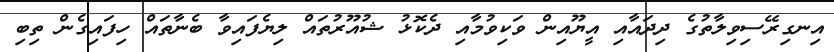
އިނގިރޭސިވިލާތުގެ ދިދައާއި އީޔޫއިން ވަކިވުމާއި ދެކޮޅު ޝުއޫރުތައް ލިޔެފައިވާ ބެނާތައް ހިފައިގެން ތިބި